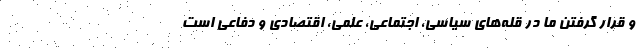
و قرار گرفتن ما در قله‌های سیاسی، اجتماعی، علمی، اقتصادی و دفاعی است